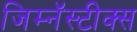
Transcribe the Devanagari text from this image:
जिम्नॅस्टीक्स